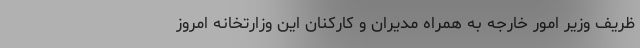
ظریف وزیر امور خارجه به همراه مدیران و کارکنان این وزارتخانه امروز